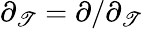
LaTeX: \partial_{\mathscr{T}}=\partial/\partial_{\mathscr{T}}